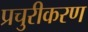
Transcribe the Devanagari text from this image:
प्रचुरीकरण